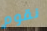
نقوم